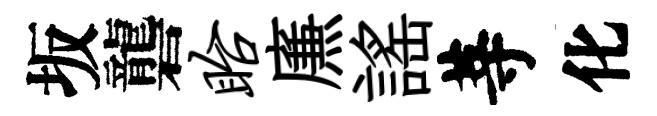
坂礱眙㢘謡䓁化